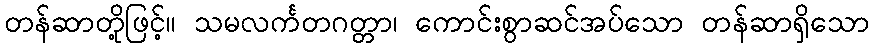
တန်ဆာတို့ဖြင့်။ သမလင်္ကတဂတ္တာ၊ ကောင်းစွာဆင်အပ်သော တန်ဆာရှိသော